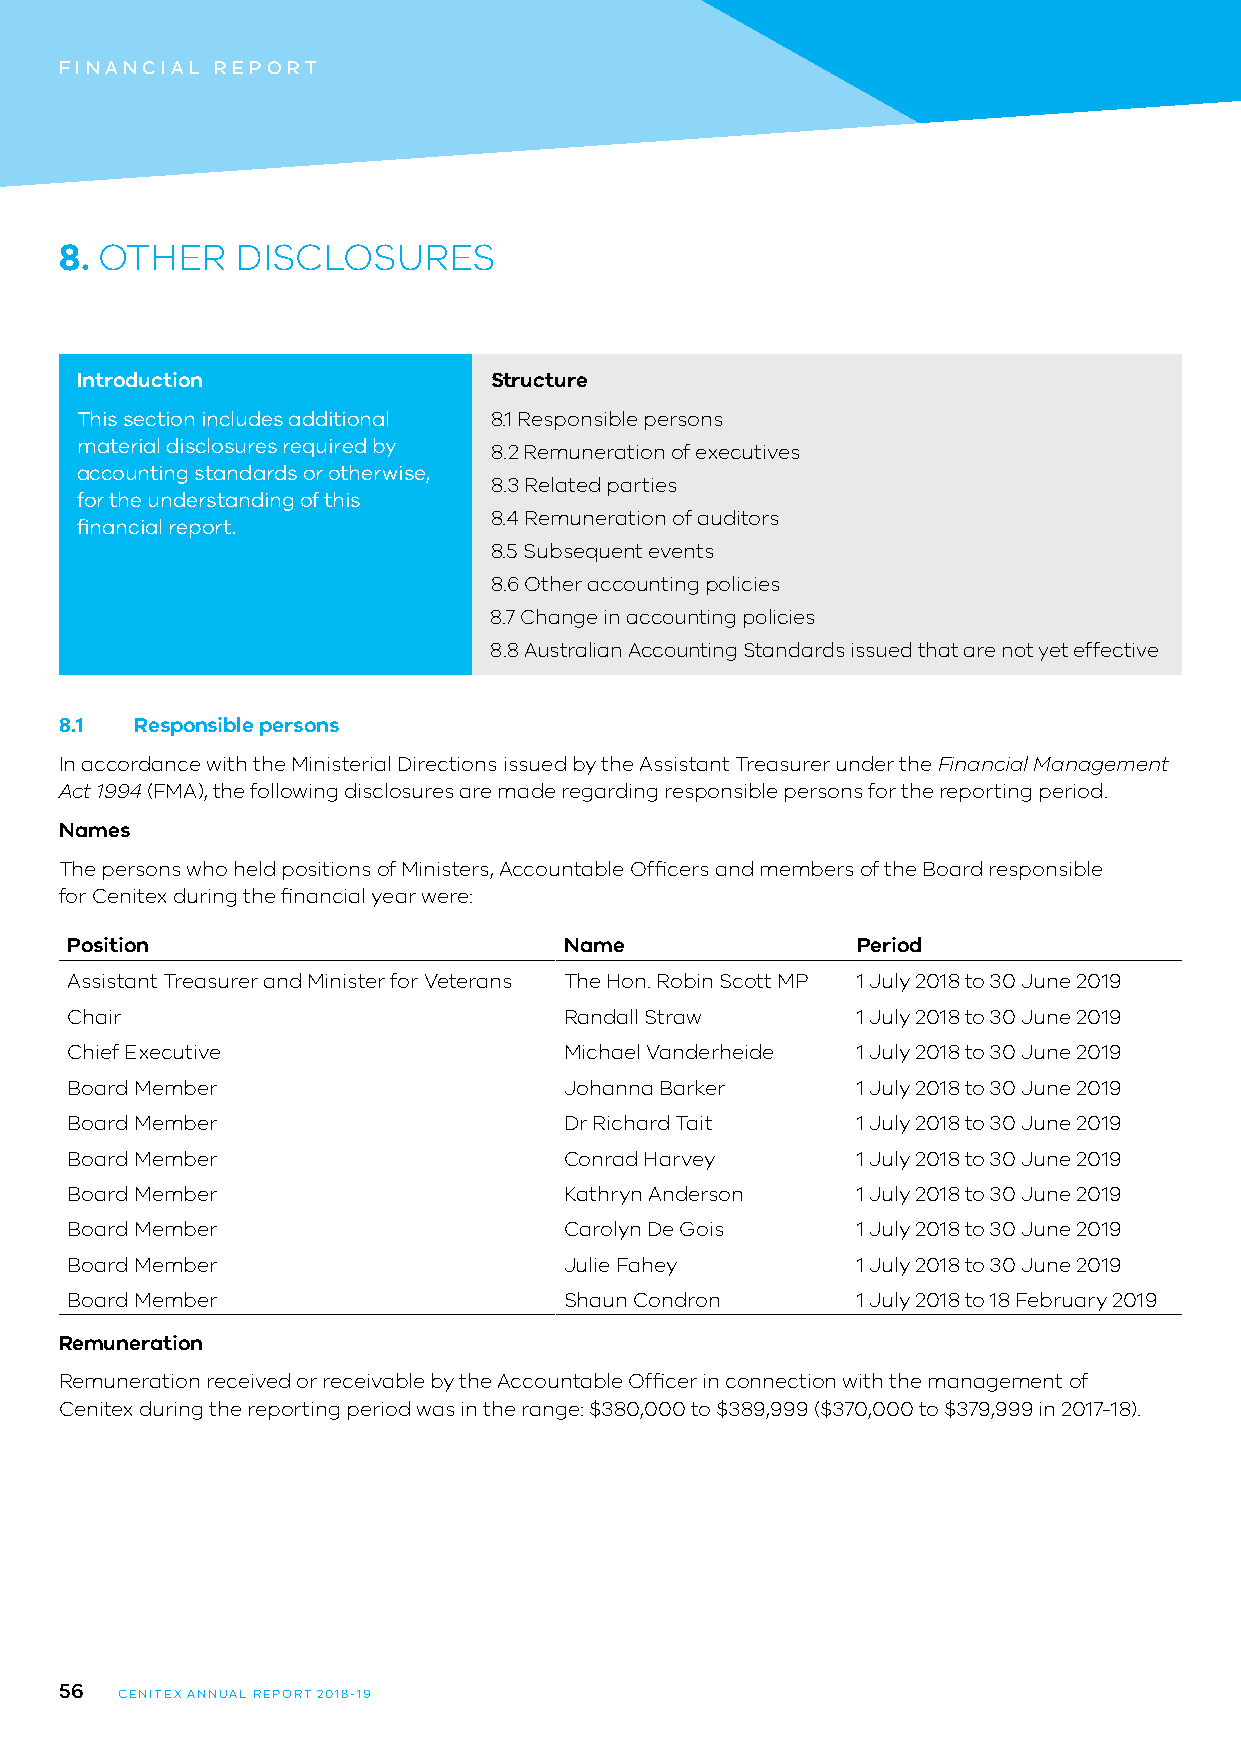
FINANCIAL REPORT
 8. OTHER    DISCLOSURES
 Introduction               Structure
 This section includes additional 8.1 Responsible persons
 material disclosures required by 8.2 Remuneration of executives
 accounting standards or otherwise,
 8.3 Related parties
 for the understanding of this
 8.4 Remuneration of auditors
 financial report.
 8.5 Subsequent events
 8.6 Other accounting policies
 8.7 Change in accounting policies
 8.8 Australian Accounting Standards issued that are not yet effective
 8.1  Responsible persons
 In accordance with the Ministerial Directions issued by the Assistant Treasurer under the Financial Management
 Act 1994 (FMA), the following disclosures are made regarding responsible persons for the reporting period.
 Names
 The persons who held positions of Ministers, Accountable Officers and members of the Board responsible
 for Cenitex during the financial year were:
 Position                         Name                Period
 Assistant Treasurer and Minister for Veterans The Hon. Robin Scott MP 1 July 2018 to 30 June 2019
 Chair                            Randall Straw       1 July 2018 to 30 June 2019
 Chief Executive                  Michael Vanderheide 1 July 2018 to 30 June 2019
 Board Member                     Johanna Barker      1 July 2018 to 30 June 2019
 Board Member                     Dr Richard Tait     1 July 2018 to 30 June 2019
 Board Member                     Conrad Harvey       1 July 2018 to 30 June 2019
 Board Member                     Kathryn Anderson    1 July 2018 to 30 June 2019
 Board Member                     Carolyn De Gois     1 July 2018 to 30 June 2019
 Board Member                     Julie Fahey         1 July 2018 to 30 June 2019
 Board Member                     Shaun Condron       1 July 2018 to 18 February 2019
 Remuneration
 Remuneration received or receivable by the Accountable Officer in connection with the management of
 Cenitex during the reporting period was in the range: $380,000 to $389,999 ($370,000 to $379,999 in 2017-18).
 56
 CENITEX ANNUAL REPORT 2018-19